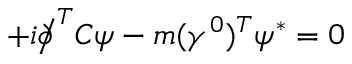
+ i { \partial \! \! \! { \big / } } ^ { T } C \psi - m ( \gamma ^ { 0 } ) ^ { T } \psi ^ { * } = 0